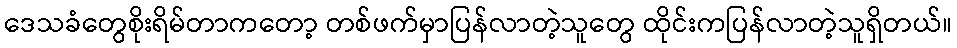
ဒေသခံတွေစိုးရိမ်တာကတော့ တစ်ဖက်မှာပြန်လာတဲ့သူတွေ ထိုင်းကပြန်လာတဲ့သူရှိတယ်။